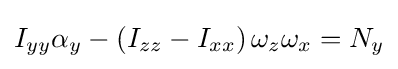
I_{yy}\alpha _{y}-\left(I_{zz}-I_{xx}\right)\omega _{z}\omega _{x}=N_{y}